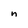
Character: n